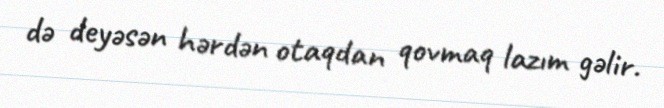
də deyəsən hərdən otaqdan qovmaq lazım gəlir.